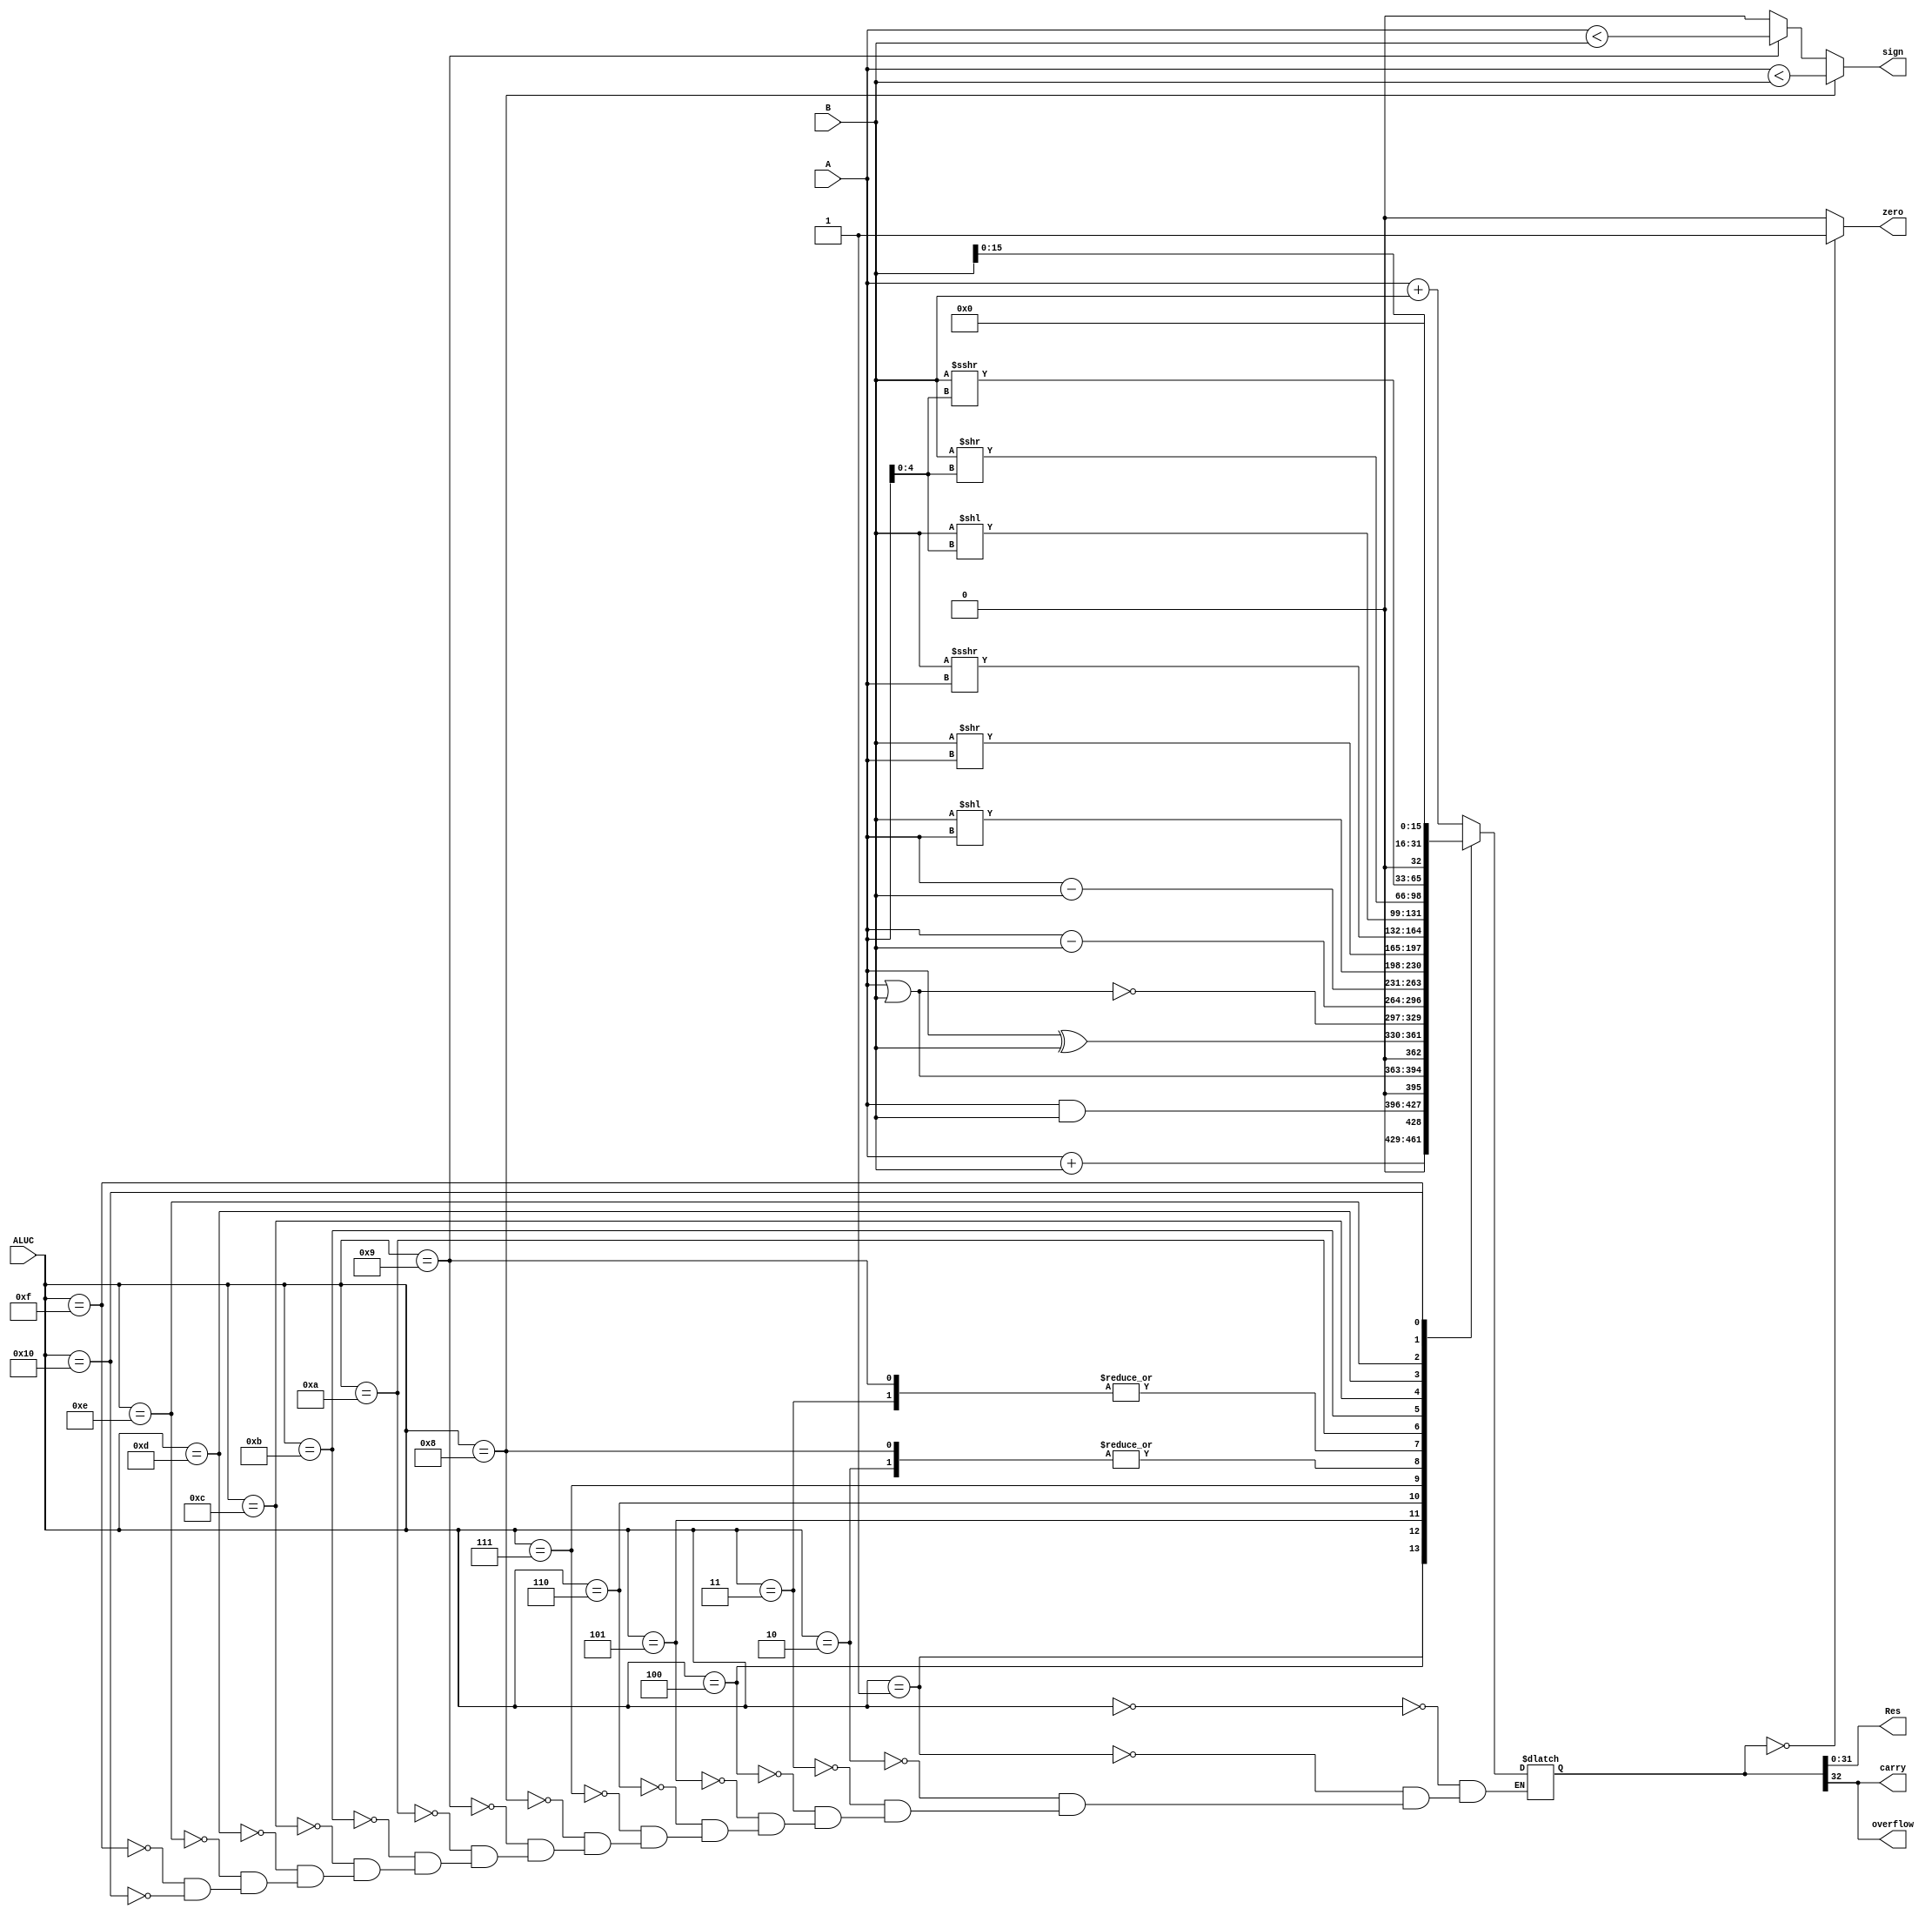
`timescale 1ns / 1ps
//////////////////////////////////////////////////////////////////////////////////
// Company: 
// Engineer: 
// 
// Design Name: 
// Module Name: ALU
// Project Name: 
// Target Devices: 
// Tool Versions: 
// Description: 
// 
// Dependencies: 
// 
// Revision:
// Revision 0.01 - File Created
// Additional Comments:
// 
//////////////////////////////////////////////////////////////////////////////////


module ALU(
    input [31:0] A,
    input [31:0] B,
    output [31:0] Res,
    input [4:0] ALUC,
    output zero,  // 0 is true, others are false
    output carry, // unsigned cf
    output sign, // 1 is false, 0 is true
    output overflow // signed of
    );
    
    parameter ADD = 5'b00000;
    parameter ADDU = 5'b00001;
    parameter SUB = 5'b00010;
    parameter SUBU = 5'b00011;
    parameter AND = 5'b00100;
    parameter OR = 5'b00101;
    parameter XOR = 5'b00110;
    parameter NOR = 5'b00111;
    
    parameter SLT = 5'b01000;
    parameter SLTU = 5'b01001;
    
    parameter SLL = 5'b01010;
    parameter SRL = 5'b01011;
    parameter SRA = 5'b01100;
    parameter SLLV = 5'b01101;
    parameter SRLV = 5'b01110;
    parameter SRAV = 5'b01111;
    
    parameter LUI = 5'b10000;
    
    wire signed [31:0] signA, signB;
    reg [32:0] R;
    reg CF_open, OF_open, ZF_open, SF_open;
    assign signA = A;
    assign signB = B;
    always @(*) begin
        case(ALUC)
            ADD:    R <= signA + signB;
            ADDU:   R <= A + B;
            SUB:    R <= signA - signB;
            SUBU:   R <= A - B;
            AND:    R <= A & B;
            OR:     R <= A | B;
            XOR:    R <= A ^ B;
            NOR:    R <= ~(A | B);
            
            SLT:    R <= (signA - signB);
            SLTU:   R <= (A - B);
            
            SLL:    R <= B << A;
            SRL:    R <= B >> A;
            SRA:    R <= signB >>> signA;
            SLLV:   R <= B << A[4:0];
            SRLV:   R <= B >> A[4:0];
            SRAV:   R <= signB >>> signA[4:0];
            
            LUI:    R <= {B[15:0], 16'b0};
                
        endcase
    end
    assign Res = R[31:0];
    assign zero = (R == 32'b0) ? 1'b1 : 1'b0;
    assign carry = R[32];
    assign overflow = R[32];
    assign sign = (ALUC == SLT ? (signA < signB) : ((ALUC == SLTU) ? (A < B) : 1'b0));
endmodule